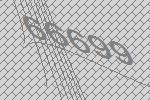
66699